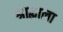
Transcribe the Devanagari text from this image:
श्राद्धाला